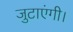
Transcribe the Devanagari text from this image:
जुटाएंगी।